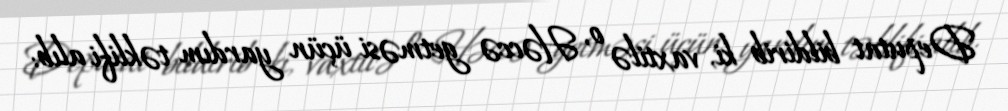
Deputat bildirib ki, vaxtilə o, Həccə getməsi üçün yardım təklifi alıb: